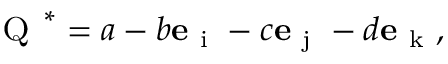
{ \textsc { Q } } ^ { * } = a - b { \mathbf e } _ { \mathrm { ~ i ~ } } - c { \mathbf e } _ { \mathrm { ~ j ~ } } - d { \mathbf e } _ { \mathrm { ~ k ~ } } ,